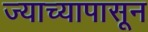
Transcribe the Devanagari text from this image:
ज्याच्यापासून